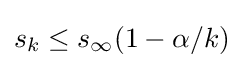
s_{k}\leq s_{\infty }(1-\alpha /k)